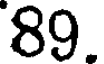
89.